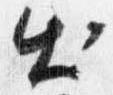
出